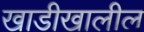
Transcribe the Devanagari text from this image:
खाडीखालील